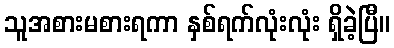
သူအစားမစားရကာ နှစ်ရက်လုံးလုံး ရှိခဲ့ပြီ။